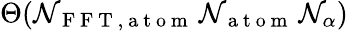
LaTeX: \Theta(\mathcal{N}_{\mathrm{{~F~F~T~,~a~t~o~m~}}}\, \mathcal{N}_{\mathrm{{~a~t~o~m~}}}\, \mathcal{N}_{\alpha})